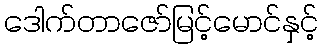
ဒေါက်တာဇော်မြင့်မောင်နှင့်